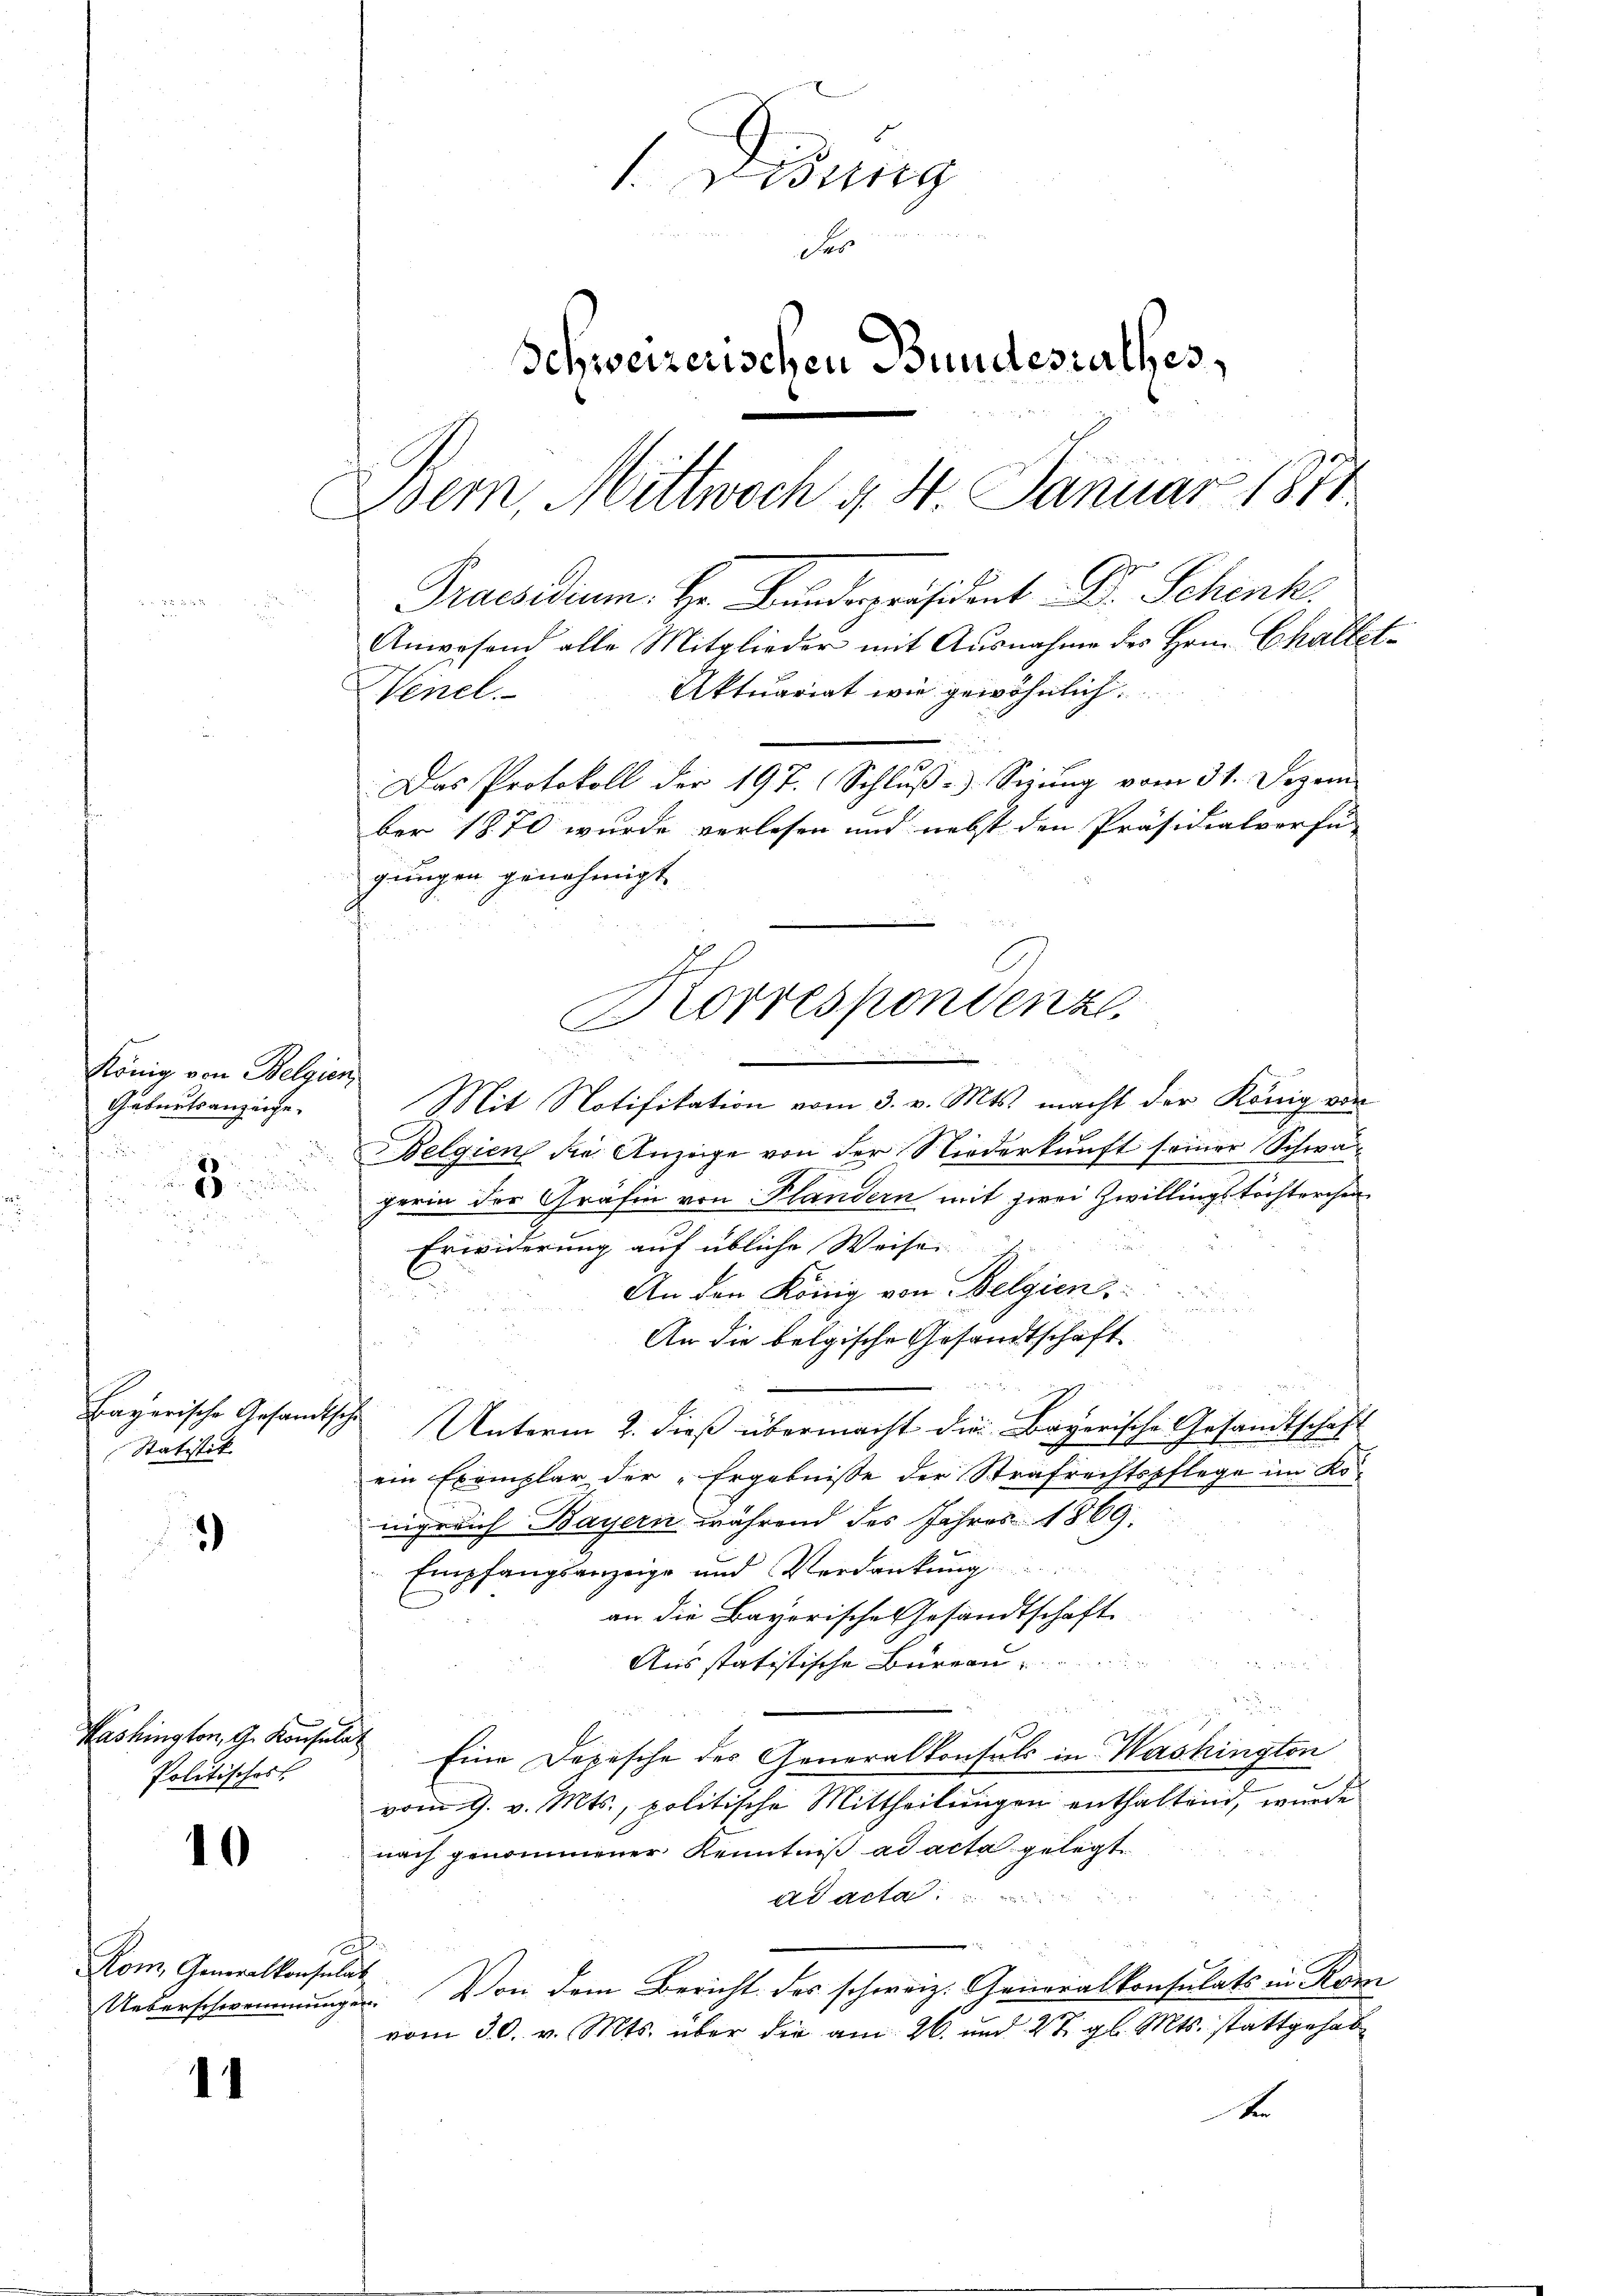
König von Belgien
Geburtsanzeige.
.
e
e
a
2

Bagarische Gesandtsche
Statistik

2

10

Washington, G. Konsula¬
Politisches

Kom Generalkonsulat
Ueberschwemmung

1

Wung

Schweizerischen Bundesrathes,
Iser, Mittwoch v. 4. Januar 1871
Praesidium. Hr. Bundespräsident Dr. Schenk
Anwesend alle Mitglieder mit Ausnahme des Hrn. Challet-
Aktuariat wie gewöhnlich.
Venel.
Das Protokoll der 197. Schluße Sigung vom 31. Dezem
ber 1870 wurde verlesen und nebst den Präsidialverfü-

gungen genehmigt.

Mit Notifikation vom 3. v. Mts. macht der König vor
Belgien die Anzeige von der Niederkunft seiner Schwagerin der Grafin von Flandern mit zwei Zwillingstöchterchen
Erwiderung auf übliche Weise
An den König von Belgien,
An die belgische Gesandtschaft
e
Unterm 2. dieß übermacht die Bayerische Gesandtschaft
ein Exemplar der „Ergebnisse der Strafrechtspflege im Ro-
mgrlich Bayern während des Jahres 1869.
Empfangsanzeige und Verdankung
an die Bayerische Gesandtschaft
e
Aus statistische Büreau
Eine Depesche des Generalkonsuls in Washington
vom 9. v. Mts., politische Mittheilungen enthaltend, wurde
nach genommener Kenntniß ad acta gelegt.
ad acta
. Von dem Bericht des schweiz. Generalkonsulats in Rom
vom 30. v. Mts. über die am 26. und 27. gl. Mts. stattgehab¬
A

Korrespondenz